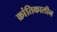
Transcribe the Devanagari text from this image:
क्रांतिकालीन